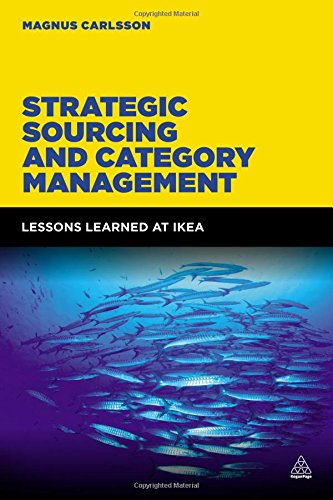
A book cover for Strategic Sourcing and Category Management: Lessons Learned at IKEA; Magnus Carlsson; Business & Money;